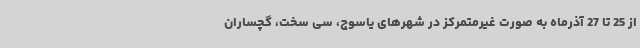
از 25 تا 27 آذرماه به صورت غیرمتمرکز در شهرهای یاسوج، سی سخت، گچساران